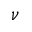
\nu